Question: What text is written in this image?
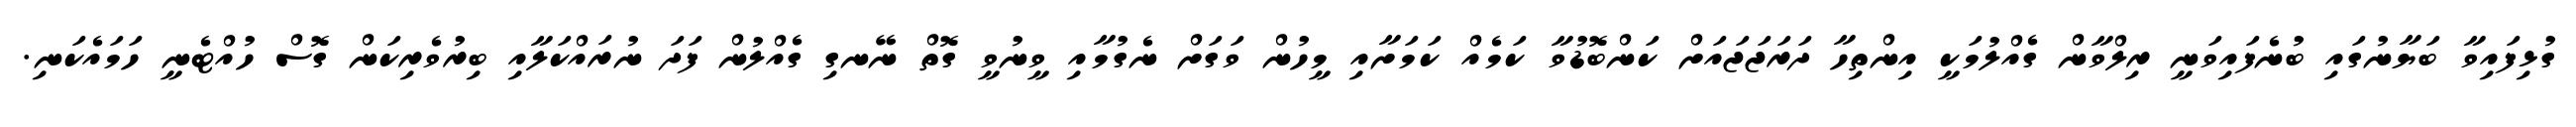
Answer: ގުޅިފައިވާ ބަޔާނުގައި ބުނެފައިވަނީ ރިލްވާން ގެއްލުމަކީ އިންތިހާ ދަރަޖަޖައަށް ކަންބޮޑުވާ ކަމެއް ކަމަށާއި މީހުން ވަގަށް ނެގުމާއި ވީނުވީ ގޮތް ނޭނގި ގެއްލުން ފަދަ ނުރައްކަލާއި ބިރުވެރިކަން ގޮސް ހުއްޓެނީ ހަމައެކަނި.